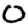
Digit: 0